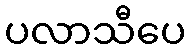
ပလာသီပေ